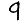
Digit: 9